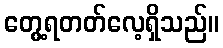
တွေ့ရတတ်လေ့ရှိသည်။